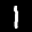
Label: 1